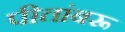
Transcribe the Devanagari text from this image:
पीतांबरू